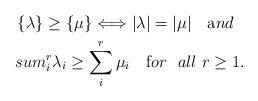
LaTeX: \begin{align*}\{ \lambda \} \geq \{ \mu \} \Longleftrightarrow|\lambda|=|\mu| \ \ \ {\mbox and} \ \ \\sum_i^r \lambda_i \geq \sum_i^r \mu_i \ \ \ {\mbox for \ \ all} \ r \geq 1.\end{align*}